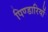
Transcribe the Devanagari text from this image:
पिण्डारियों